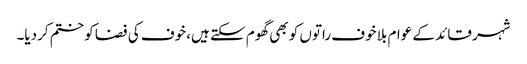
شہر قائد کے عوام بلا خوف راتوں کو بھی گھوم سکتے ہیں، خوف کی فضا کو ختم کردیا۔